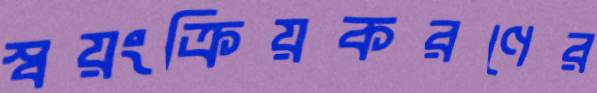
স্বয়ংক্রিয়করণের